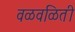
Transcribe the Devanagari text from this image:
वळवळिती